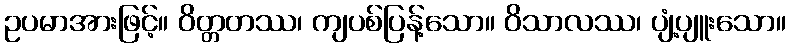
ဥပမာအားဖြင့်။ ဝိတ္တတဿ၊ ကျပစ်ပြန့်သော။ ဝိသာလဿ၊ ပျံ့ပျူးသော။